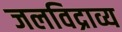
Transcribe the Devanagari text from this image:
जलविद्राव्य